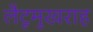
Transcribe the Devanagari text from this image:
लैटूमुखराह